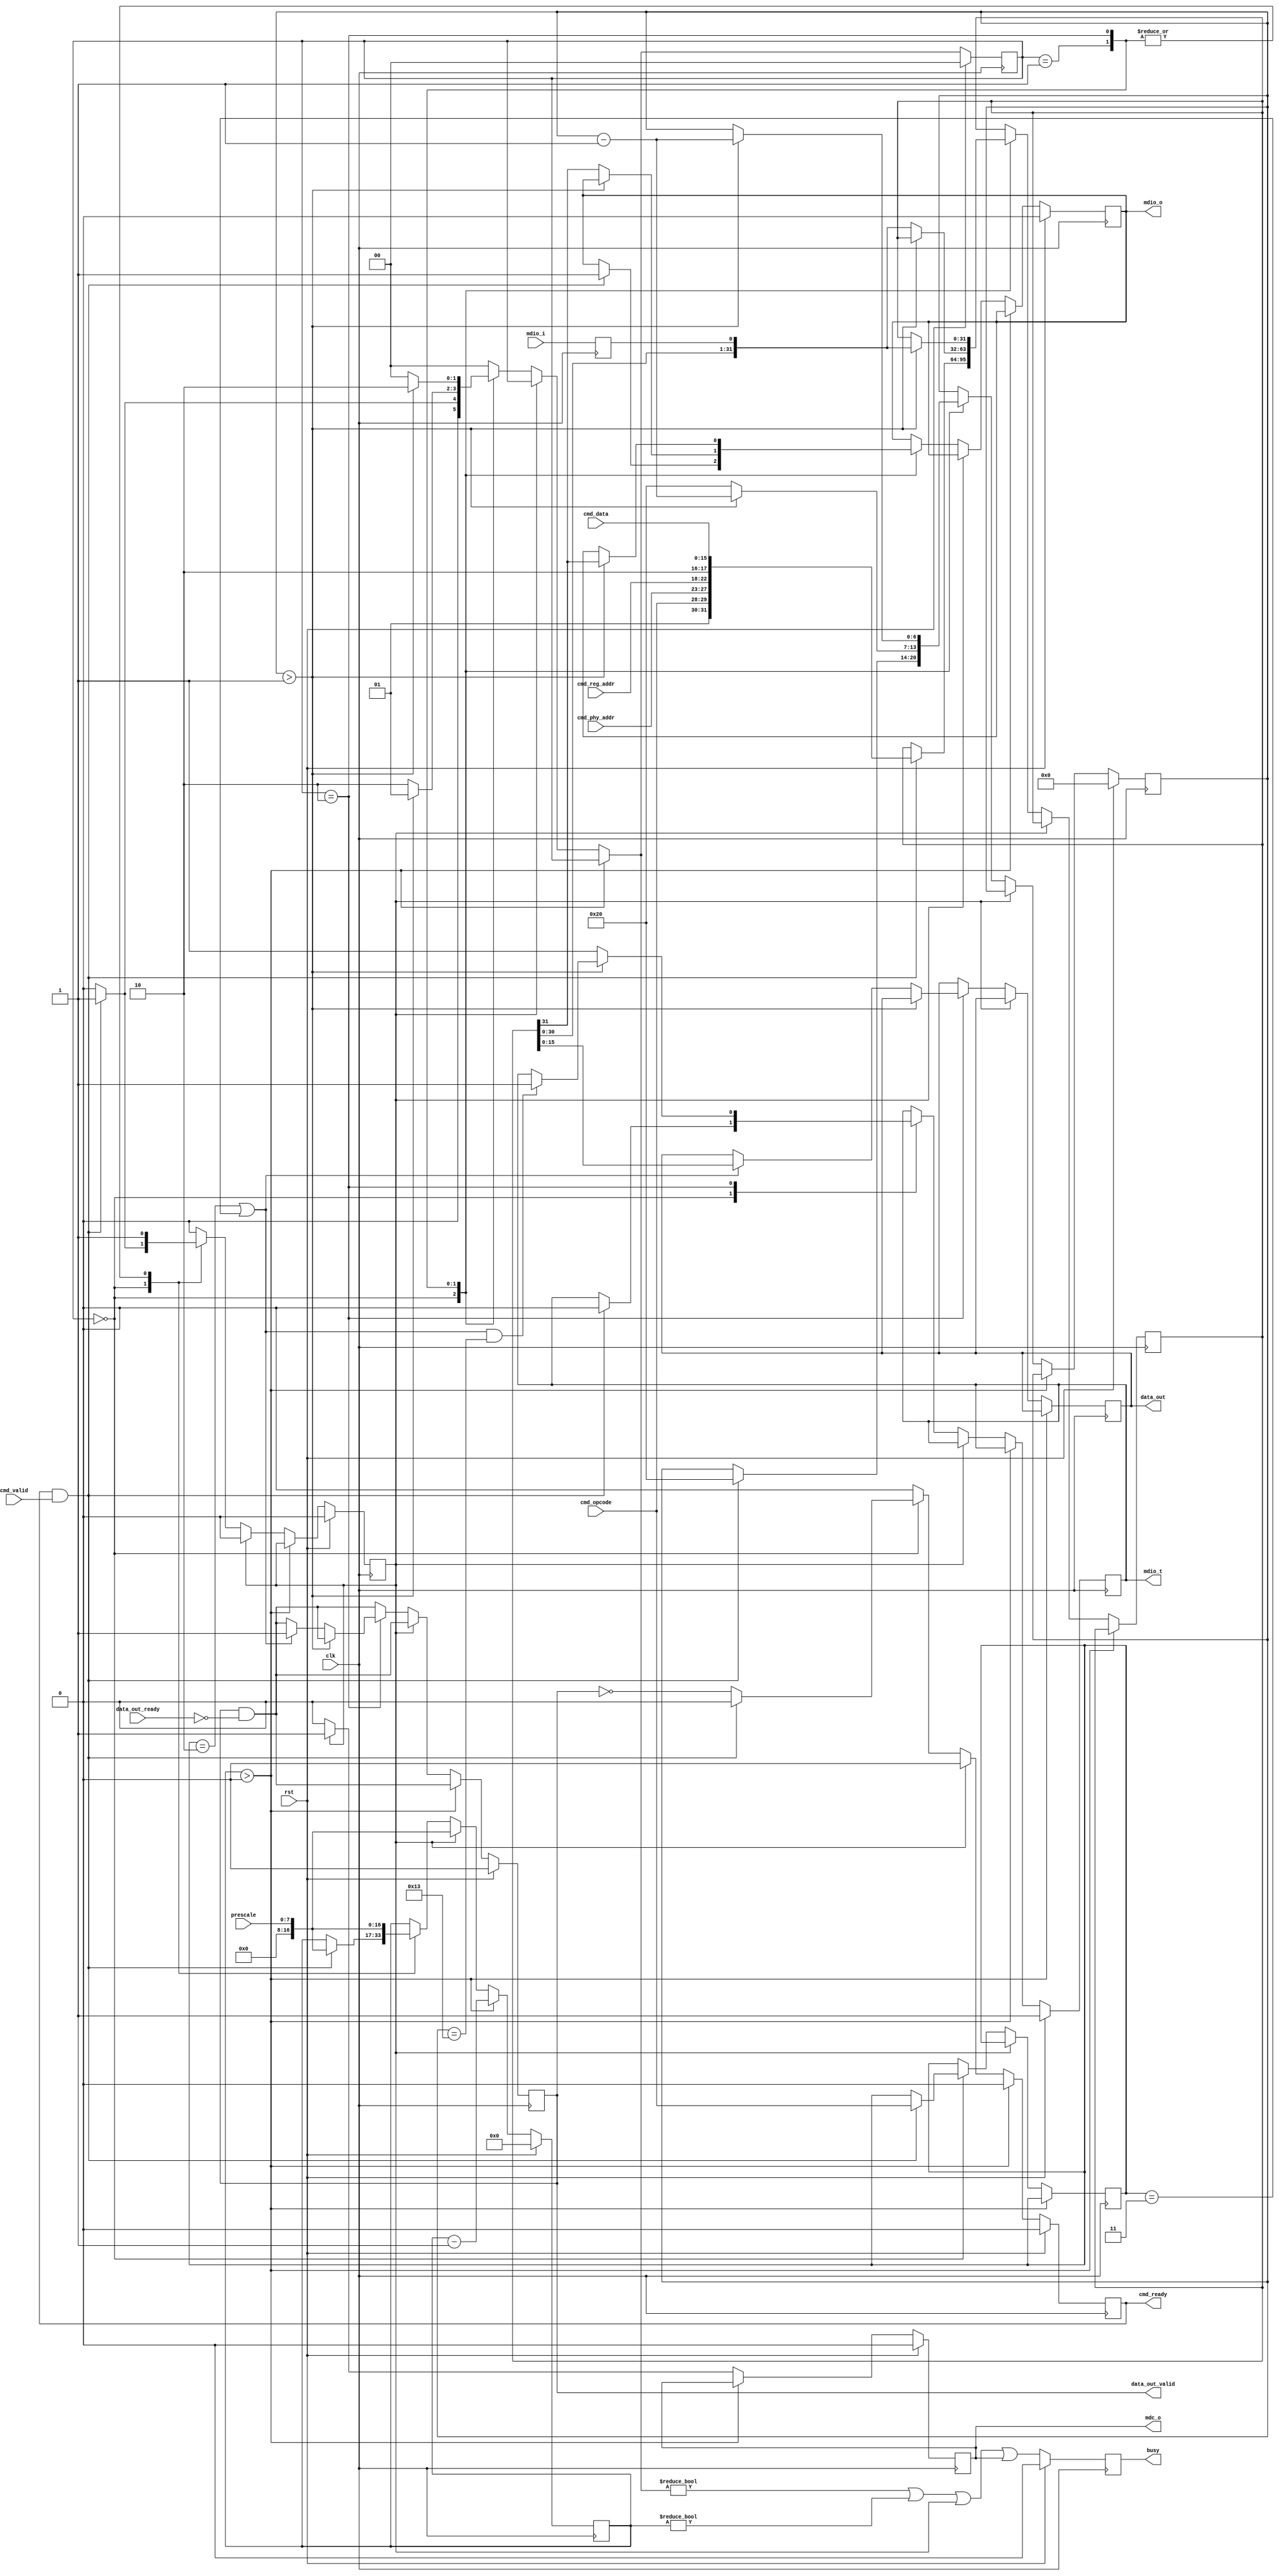
/*

Copyright (c) 2015-2018 Alex Forencich

Permission is hereby granted, free of charge, to any person obtaining a copy
of this software and associated documentation files (the "Software"), to deal
in the Software without restriction, including without limitation the rights
to use, copy, modify, merge, publish, distribute, sublicense, and/or sell
copies of the Software, and to permit persons to whom the Software is
furnished to do so, subject to the following conditions:

The above copyright notice and this permission notice shall be included in
all copies or substantial portions of the Software.

THE SOFTWARE IS PROVIDED "AS IS", WITHOUT WARRANTY OF ANY KIND, EXPRESS OR
IMPLIED, INCLUDING BUT NOT LIMITED TO THE WARRANTIES OF MERCHANTABILITY
FITNESS FOR A PARTICULAR PURPOSE AND NONINFRINGEMENT. IN NO EVENT SHALL THE
AUTHORS OR COPYRIGHT HOLDERS BE LIABLE FOR ANY CLAIM, DAMAGES OR OTHER
LIABILITY, WHETHER IN AN ACTION OF CONTRACT, TORT OR OTHERWISE, ARISING FROM,
OUT OF OR IN CONNECTION WITH THE SOFTWARE OR THE USE OR OTHER DEALINGS IN
THE SOFTWARE.

*/

// Language: Verilog 2001

`resetall
`timescale 1ns / 1ps
`default_nettype none

/*
 * MDIO master
 */
module mdio_master (
    input  wire        clk,
    input  wire        rst,

    /*
     * Host interface
     */
    input  wire [4:0]  cmd_phy_addr,
    input  wire [4:0]  cmd_reg_addr,
    input  wire [15:0] cmd_data,
    input  wire [1:0]  cmd_opcode,
    input  wire        cmd_valid,
    output wire        cmd_ready,

    output wire [15:0] data_out,
    output wire        data_out_valid,
    input  wire        data_out_ready,

    /*
     * MDIO to PHY
     */
    output wire        mdc_o,
    input  wire        mdio_i,
    output wire        mdio_o,
    output wire        mdio_t,

    /*
     * Status
     */
    output wire        busy,

    /*
     * Configuration
     */
    input  wire [7:0]  prescale
);

localparam [1:0]
    STATE_IDLE = 2'd0,
    STATE_PREAMBLE = 2'd1,
    STATE_TRANSFER = 2'd2;

reg [1:0] state_reg = STATE_IDLE, state_next;

reg [16:0] count_reg = 16'd0, count_next;
reg [6:0] bit_count_reg = 6'd0, bit_count_next;
reg cycle_reg = 1'b0, cycle_next;

reg [31:0] data_reg = 32'd0, data_next;

reg [1:0] op_reg = 2'b00, op_next;

reg cmd_ready_reg = 1'b0, cmd_ready_next;

reg [15:0] data_out_reg = 15'd0, data_out_next;
reg data_out_valid_reg = 1'b0, data_out_valid_next;

reg mdio_i_reg = 1'b1;

reg mdc_o_reg = 1'b0, mdc_o_next;
reg mdio_o_reg = 1'b0, mdio_o_next;
reg mdio_t_reg = 1'b1, mdio_t_next;

reg busy_reg = 1'b0;

assign cmd_ready = cmd_ready_reg;

assign data_out = data_out_reg;
assign data_out_valid = data_out_valid_reg;

assign mdc_o = mdc_o_reg;
assign mdio_o = mdio_o_reg;
assign mdio_t = mdio_t_reg;

assign busy = busy_reg;

always @* begin
    state_next = STATE_IDLE;

    count_next = count_reg;
    bit_count_next = bit_count_reg;
    cycle_next = cycle_reg;

    data_next = data_reg;

    op_next = op_reg;

    cmd_ready_next = 1'b0;

    data_out_next = data_out_reg;
    data_out_valid_next = data_out_valid_reg & ~data_out_ready;

    mdc_o_next = mdc_o_reg;
    mdio_o_next = mdio_o_reg;
    mdio_t_next = mdio_t_reg;

    if (count_reg > 16'd0) begin
        count_next = count_reg - 16'd1;
        state_next = state_reg;
    end else if (cycle_reg) begin
        cycle_next = 1'b0;
        mdc_o_next = 1'b1;
        count_next = prescale;
        state_next = state_reg;
    end else begin
        mdc_o_next = 1'b0;
        case (state_reg)
            STATE_IDLE: begin
                // idle - accept new command
                cmd_ready_next = ~data_out_valid;

                if (cmd_ready & cmd_valid) begin
                    cmd_ready_next = 1'b0;
                    data_next = {2'b01, cmd_opcode, cmd_phy_addr, cmd_reg_addr, 2'b10, cmd_data};
                    op_next = cmd_opcode;
                    mdio_t_next = 1'b0;
                    mdio_o_next = 1'b1;
                    bit_count_next = 6'd32;
                    cycle_next = 1'b1;
                    count_next = prescale;
                    state_next = STATE_PREAMBLE;
                end else begin
                    state_next = STATE_IDLE;
                end
            end
            STATE_PREAMBLE: begin
                cycle_next = 1'b1;
                count_next = prescale;
                if (bit_count_reg > 6'd1) begin
                    bit_count_next = bit_count_reg - 6'd1;
                    state_next = STATE_PREAMBLE;
                end else begin
                    bit_count_next = 6'd32;
                    {mdio_o_next, data_next} = {data_reg, mdio_i_reg};
                    state_next = STATE_TRANSFER;
                end
            end
            STATE_TRANSFER: begin
                cycle_next = 1'b1;
                count_next = prescale;
                if ((op_reg == 2'b10 || op_reg == 2'b11) && bit_count_reg == 6'd19) begin
                    mdio_t_next = 1'b1;
                end
                if (bit_count_reg > 6'd1) begin
                    bit_count_next = bit_count_reg - 6'd1;
                    {mdio_o_next, data_next} = {data_reg, mdio_i_reg};
                    state_next = STATE_TRANSFER;
                end else begin
                    if (op_reg == 2'b10 || op_reg == 2'b11) begin
                        data_out_next = data_reg[15:0];
                        data_out_valid_next = 1'b1;
                    end
                    mdio_t_next = 1'b1;
                    state_next = STATE_IDLE;
                end
            end
        endcase
    end
end

always @(posedge clk) begin
    if (rst) begin
        state_reg <= STATE_IDLE;
        count_reg <= 16'd0;
        bit_count_reg <= 6'd0;
        cycle_reg <= 1'b0;
        cmd_ready_reg <= 1'b0;
        data_out_valid_reg <= 1'b0;
        mdc_o_reg <= 1'b0;
        mdio_o_reg <= 1'b0;
        mdio_t_reg <= 1'b1;
        busy_reg <= 1'b0;
    end else begin
        state_reg <= state_next;
        count_reg <= count_next;
        bit_count_reg <= bit_count_next;
        cycle_reg <= cycle_next;
        cmd_ready_reg <= cmd_ready_next;
        data_out_valid_reg <= data_out_valid_next;
        mdc_o_reg <= mdc_o_next;
        mdio_o_reg <= mdio_o_next;
        mdio_t_reg <= mdio_t_next;
        busy_reg <= (state_next != STATE_IDLE || count_reg != 0 || cycle_reg || mdc_o);
    end

    data_reg <= data_next;
    op_reg <= op_next;

    data_out_reg <= data_out_next;

    mdio_i_reg <= mdio_i;
end

endmodule

`resetall